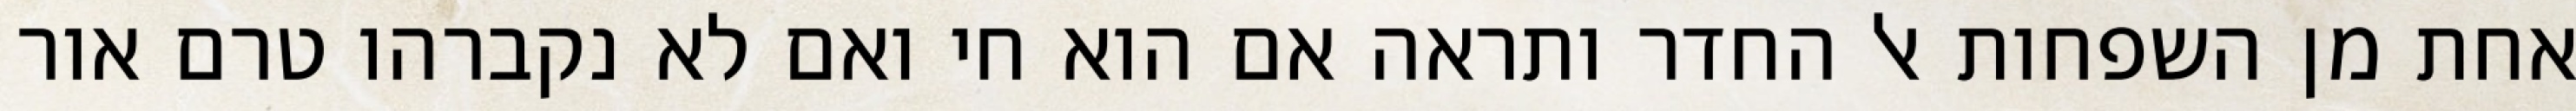
אחת מן השפחות אל החדר ותראה אם הוא חי ואם לא נקברהו טרם אור